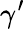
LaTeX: \gamma^{\prime}